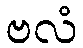
ဗလံ